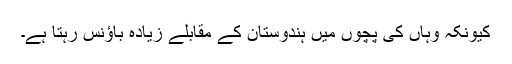
کیونکہ وہاں کی پچوں میں ہندوستان کے مقابلے زیادہ باؤنس رہتا ہے۔